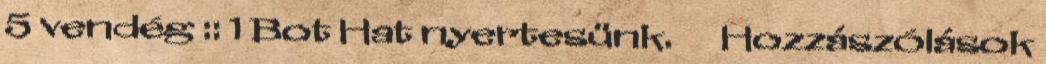
5 vendég :: 1 Bot Hat nyertesünk. ▪▪ Hozzászólások